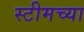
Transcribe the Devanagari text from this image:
स्टीमच्या